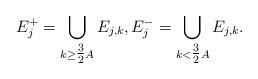
LaTeX: \begin{align*}E_j^+ =\bigcup_{k\ge \tfrac32 A} E_{j,k},E_j^- =\bigcup_{k< \tfrac32 A} E_{j,k}.\end{align*}